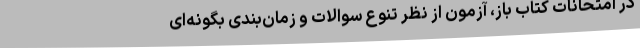
در امتحانات کتاب باز، آزمون از نظر تنوع سوالات و زمان‌بندی بگونه‌ای